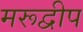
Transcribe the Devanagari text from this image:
मरूद्वीप